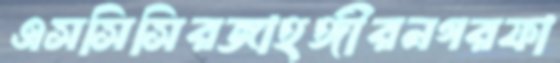
এসসিসিরজাহঙ্গীরনগরফা